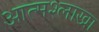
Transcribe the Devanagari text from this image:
आत्मश्लाखा